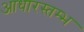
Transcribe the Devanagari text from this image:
आधारस्तम्भ